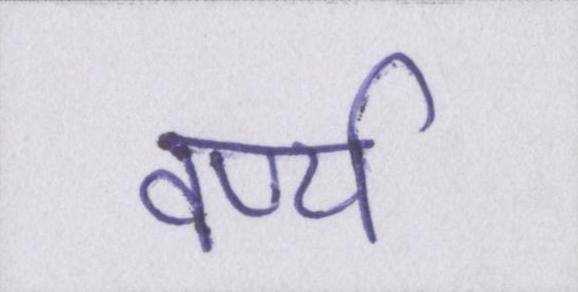
वर्ण्य